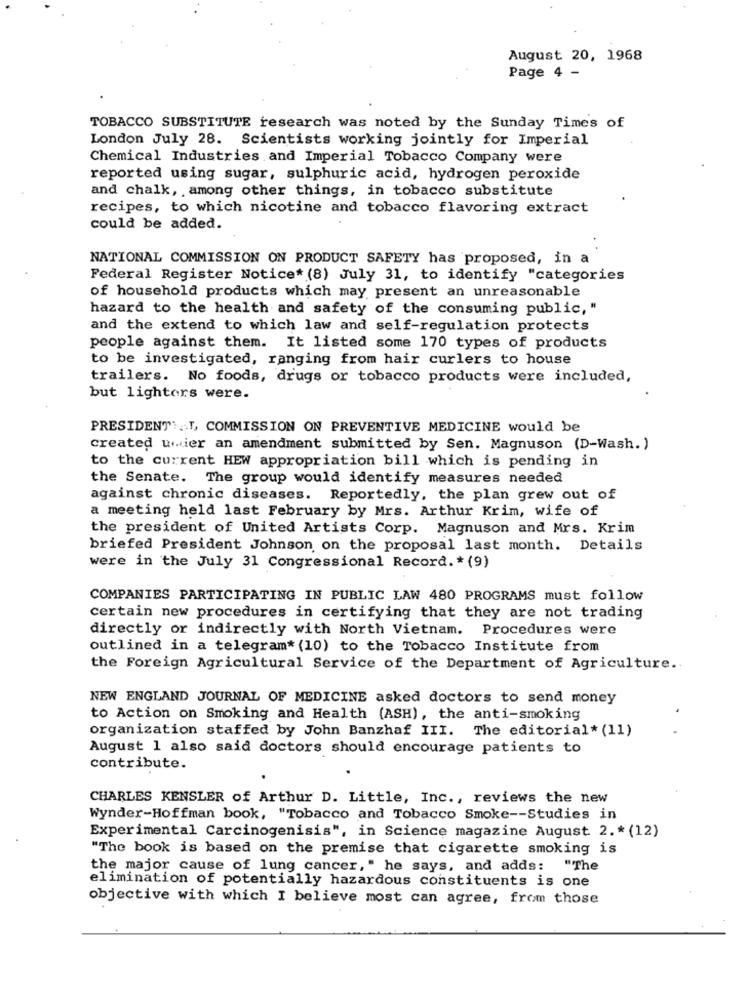
August 20, 1968
Page 4 -
TOBACCO SUBSTITUTE research was noted by the Sunday Times of
London July 28. Scientists working jointly for Imperial
Chemical Industries and Imperial Tobacco Company were
reported using sugar, sulphuric acid, hydrogen peroxide
and chalk, , among other things, in tobacco substitute
recipes, to which nicotine and tobacco flavoring extract
could be added.
NATIONAL COMMISSION ON PRODUCT SAFETY has proposed, in a
Federal Register Notice* (8) July 31, to identify "categories
of household products which may present an unreasonable
hazard to the health and safety of the consuming public, "
and the extend to which law and self-regulation protects
people against them. It listed some 170 types of products
to be investigated, ranging from hair curlers to house
trailers. No foods, drugs or tobacco products were included,
but lighters were.
PRESIDENT :.. ", COMMISSION ON PREVENTIVE MEDICINE would be
created umier an amendment submitted by Sen. Magnuson (D-Wash.)
to the current HEW appropriation bill which is pending in
the Senate. The group would identify measures needed
against chronic diseases. Reportedly, the plan grew out of
a meeting held last February by Mrs. Arthur Krim, wife of
the president of United Artists Corp. Magnuson and Mrs. Krim
briefed President Johnson on the proposal last month. Details
were in the July 31 Congressional Record. * (9)
COMPANIES PARTICIPATING IN PUBLIC LAW 480 PROGRAMS must follow
certain new procedures in certifying that they are not trading
directly or indirectly with North Vietnam. Procedures were
outlined in a telegram* (10) to the Tobacco Institute from
the Foreign Agricultural Service of the Department of Agriculture.
NEW ENGLAND JOURNAL OF MEDICINE asked doctors to send money
to Action on Smoking and Health (ASH), the anti-smoking
organization staffed by John Banzhaf III. The editorial* (11)
August 1 also said doctors should encourage patients to
contribute.
CHARLES KENSLER of Arthur D. Little, Inc ., reviews the new
Wynder-Hoffman book, "Tobacco and Tobacco Smoke -- Studies in
Experimental Carcinogenisis", in Science magazine August 2 .* (12)
"The book is based on the premise that cigarette smoking is
the major cause of lung cancer," he says, and adds:
"The
elimination of potentially hazardous constituents is one
objective with which I believe most can agree, from those